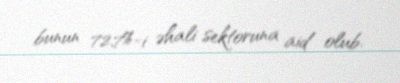
bunun 72,7%-i əhali sektoruna aid olub.